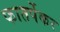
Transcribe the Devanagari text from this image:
फातर्पेकर